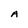
Character: A